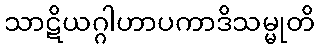
သာဋိယဂ္ဂါဟာပကာဒိသမ္မုတိ